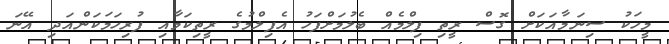
މީހަކު ސިނަމާއަކަށް ގޮސް ރީތި ފިލްމެއް ބެލުމަށްފަހު އެފިލްމުގެ ރީތިކަމާއި ފުރިހަމަކަންއަދި އޭނަ